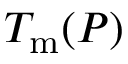
T _ { \mathrm { m } } ( P )